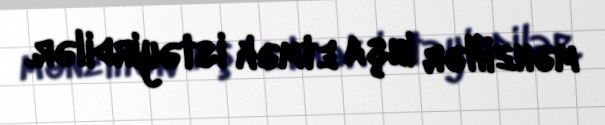
mənzillər inşa etmək istəyirdilər.